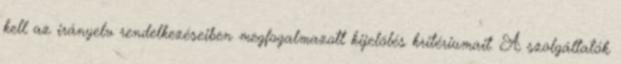
kell az irányelv rendelkezéseiben megfogalmazott kijelölés kritériumait. A szolgáltatók